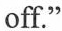
off."